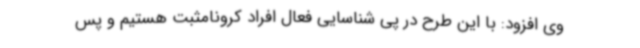
وی افزود: با این طرح در پی شناسایی فعال افراد کرونامثبت هستیم و پس